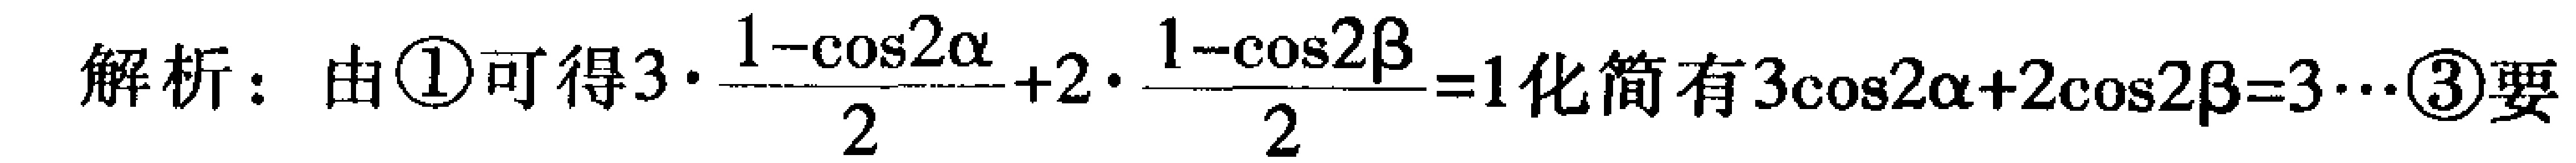
解析：由\textcircled{1}可得\(3\cdot\frac{1 - \cos2\alpha}{2}+2\cdot\frac{1 - \cos2\beta}{2}=1\)化简有\(3\cos2\alpha + 2\cos2\beta = 3\cdots\textcircled{3}\)要